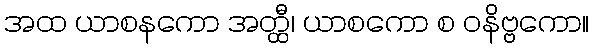
အထ ယာစနကော အတ္ထီ၊ ယာစကော စ ဝနိဗ္ဗကော။